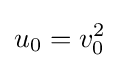
u_{0}=v_{0}^{2}